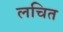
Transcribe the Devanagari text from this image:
लचित